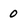
Character: 0